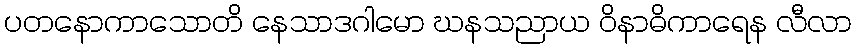
ပတနောကာသောတိ နေသာဒဂါမော ဃနသညာယ ဝိနာဓိကာရေန လီလာ